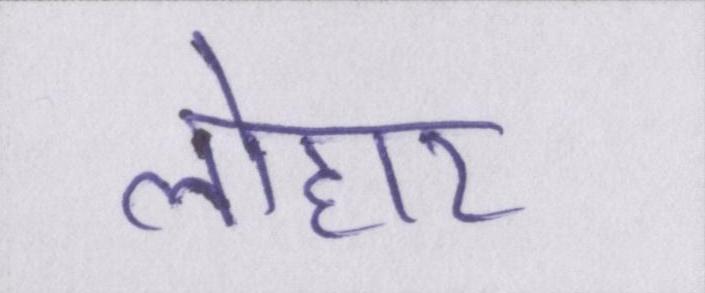
लोहार